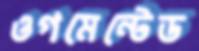
ওগমেন্টেড